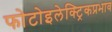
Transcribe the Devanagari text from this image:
फोटोइलेक्ट्रिकप्रभाव